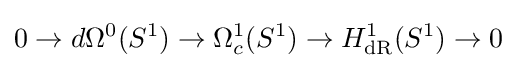
0\to d\Omega ^{0}(S^{1})\to \Omega _{c}^{1}(S^{1})\to H_{\text{dR}}^{1}(S^{1})\to 0